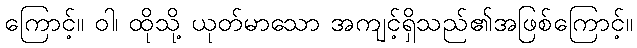
ကြောင့်။ ဝါ၊ ထိုသို့ ယုတ်မာသော အကျင့်ရှိသည်၏အဖြစ်ကြောင့်။